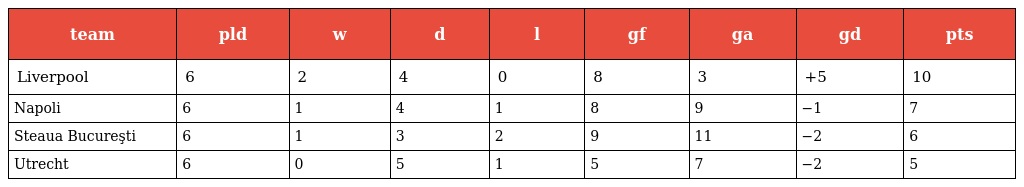
| team | pld | w | d | l | gf | ga | gd | pts |
 | --- | --- | --- | --- | --- | --- | --- | --- | --- |
 | Liverpool | 6 | 2 | 4 | 0 | 8 | 3 | +5 | 10 |
 | Napoli | 6 | 1 | 4 | 1 | 8 | 9 | −1 | 7 |
 | Steaua Bucureşti | 6 | 1 | 3 | 2 | 9 | 11 | −2 | 6 |
 | Utrecht | 6 | 0 | 5 | 1 | 5 | 7 | −2 | 5 |